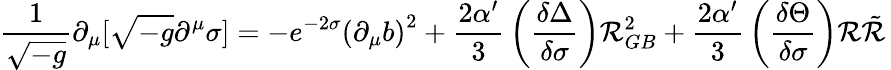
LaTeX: {\frac{1}{\sqrt{-g}}}\partial_{\mu}[\sqrt{-g}\partial^{\mu}\sigma]=-e^{-2\sigma}{({\partial}_{\mu}b)}^{2}+{\frac{2\alpha^{\prime}}{3}}\left({\frac{\delta\Delta}{\delta\sigma}}\right){\cal{R}}_{GB}^{2}+{\frac{2\alpha^{\prime}}{3}}\left({\frac{\delta\Theta}{\delta\sigma}}\right){\cal{R}}{\tilde{\cal{R}}}\,